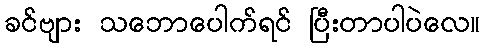
ခင်ဗျား သဘောပေါက်ရင် ပြီးတာပါပဲလေ။